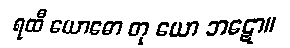
ရထီ ယောဓော တု ယော ဘဋော။